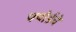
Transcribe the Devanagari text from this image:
फ्योर्डचे